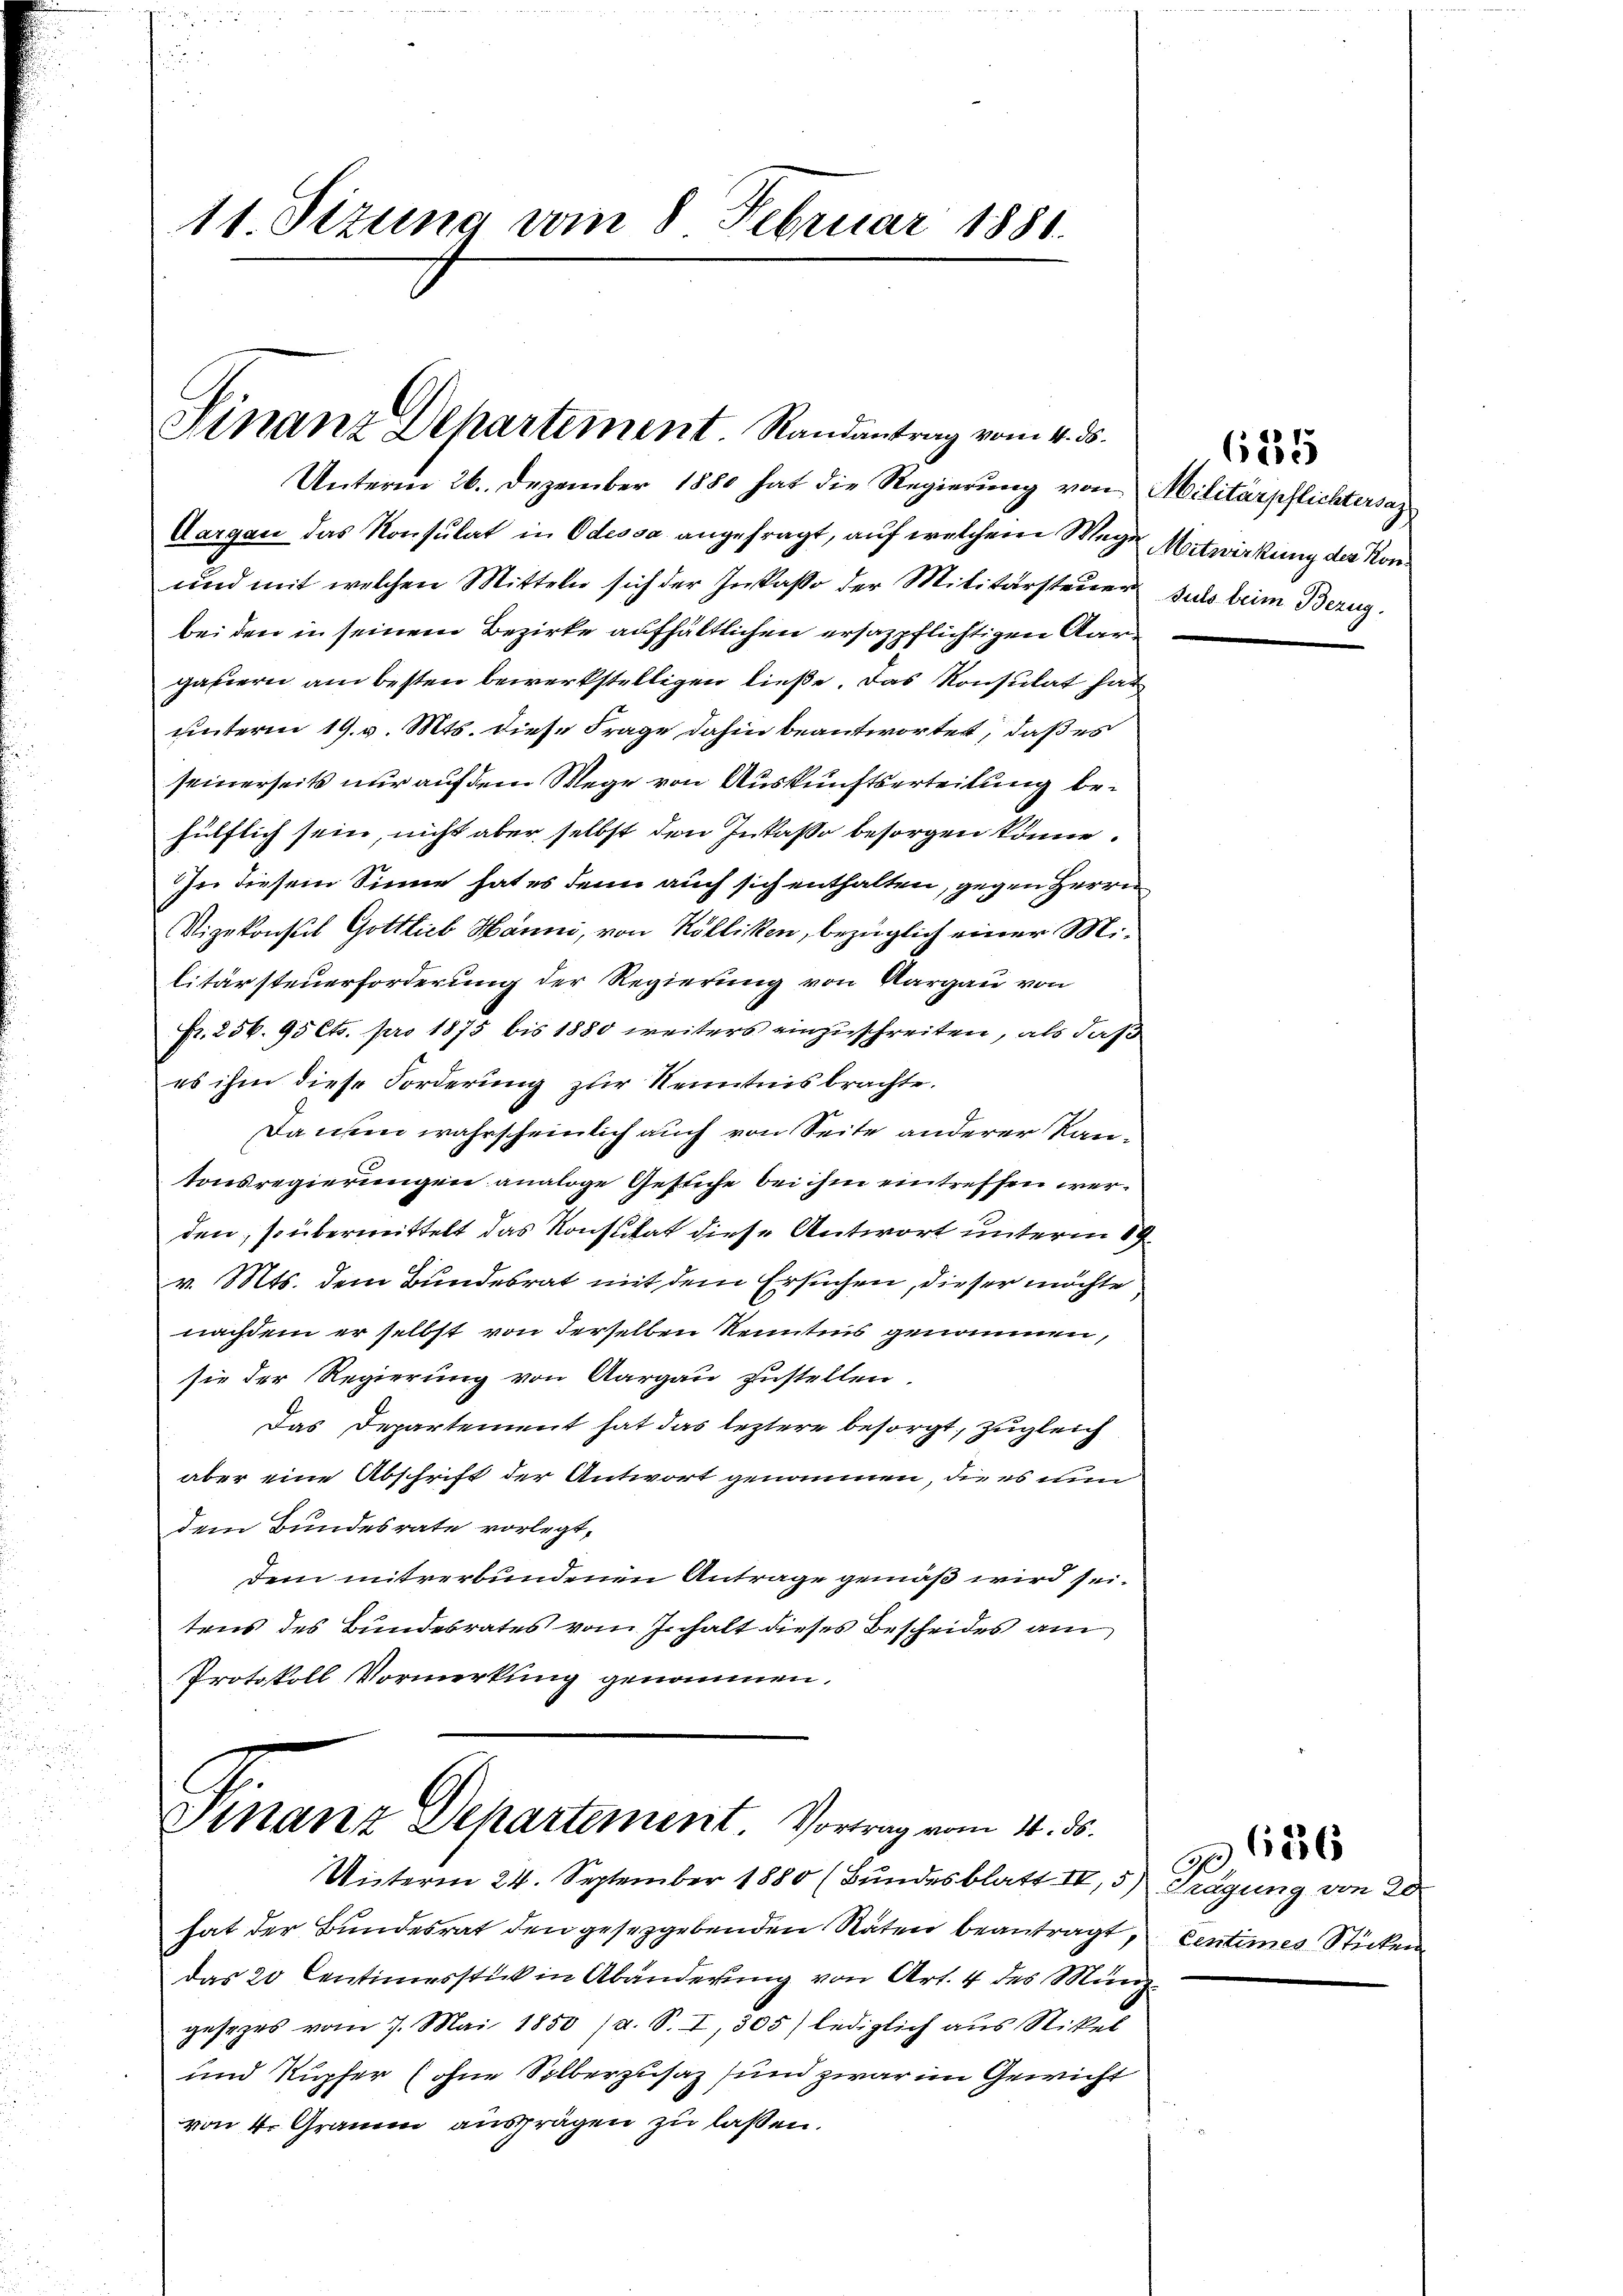
11. Sizung vom 8. Februar 1881.

Finanz Dehartement Randantrag vom 4. ds.
Unterm 26. Dezember 1880 hat die Regierung von Militärpflichtersaz
Aargau das Konsulat in Odessa angefragt, auf welchem Wege Mitwirkung der Kon¬

und mit welchen Mitteln sich der Insasse der Militärsteuer sub beim Bezug.
bei den in seinem Bezirke aufhältlichen ersazpflichtigen Aargahiern am besten bewerkstelligen ließe. Das Konsulat hat
unterm 19. v. Mts. diese Frage dahin beantwortet, daß es
seinerseits nur auf dem Wege von Auskunftserteilung behülflich sein, nicht aber selbst den Inkassa besorgen könne.
In diesem Sinne hat es denn auch sich enthalten, gegen Herrn
Vizekonsul Gottlieb Hanni, von Kölliken, bezüglich einer Militärsteuerforderung der Regierung von Aargau von
Fr. 256. 95 Cts. pro 1875 bis 1880 weiters einzuschreiten, als daß
es ihm diese Forderung zur Kenntnis brachte.
Danten wahrscheinlich auch von Seite anderer Kantonsregierungen analoge Gesuche bei ihm eintreffen werden, so übermittelt das Konstitat diese Antwort unterm 19.
v. Mts. dem Bundesrat mit dem Ersuchen, dieser möchte
nachdem er selbst von derselben Kenntnis genommen,
sie der Regierung von Aargau zustellen
Das Departement hat das leztere besorgt, zugleich
aber eine Abschrift der Antwort genommen, die es nun
dem Bundesrate vorlegt,
dem mitverbundenen Antrage gemäß wird sei.
tens des Bundesrates vom Inhalt dieses Bescheides am
Protokoll Vormerkung genommen.

Finanz Dehartement. Vortrag vom 14. ds.
Unterm 24. September 1880 (Bundesblatt IV 5) Trägung von 20

hat der Bundesrat den gesetzgebenden Stäten beantragt, centimes Sticken
das 20 Centimesstück in Abänderung von Art. 4 des Münz
gesezes vom 7. Mai 1850 (a. S. I, 305) lediglich aus Nikel
und Kupfer (ohne Silberzusaz sind zwar im Gewicht
von 4. Gramm ausprägen zu laßen.

e

6184

126